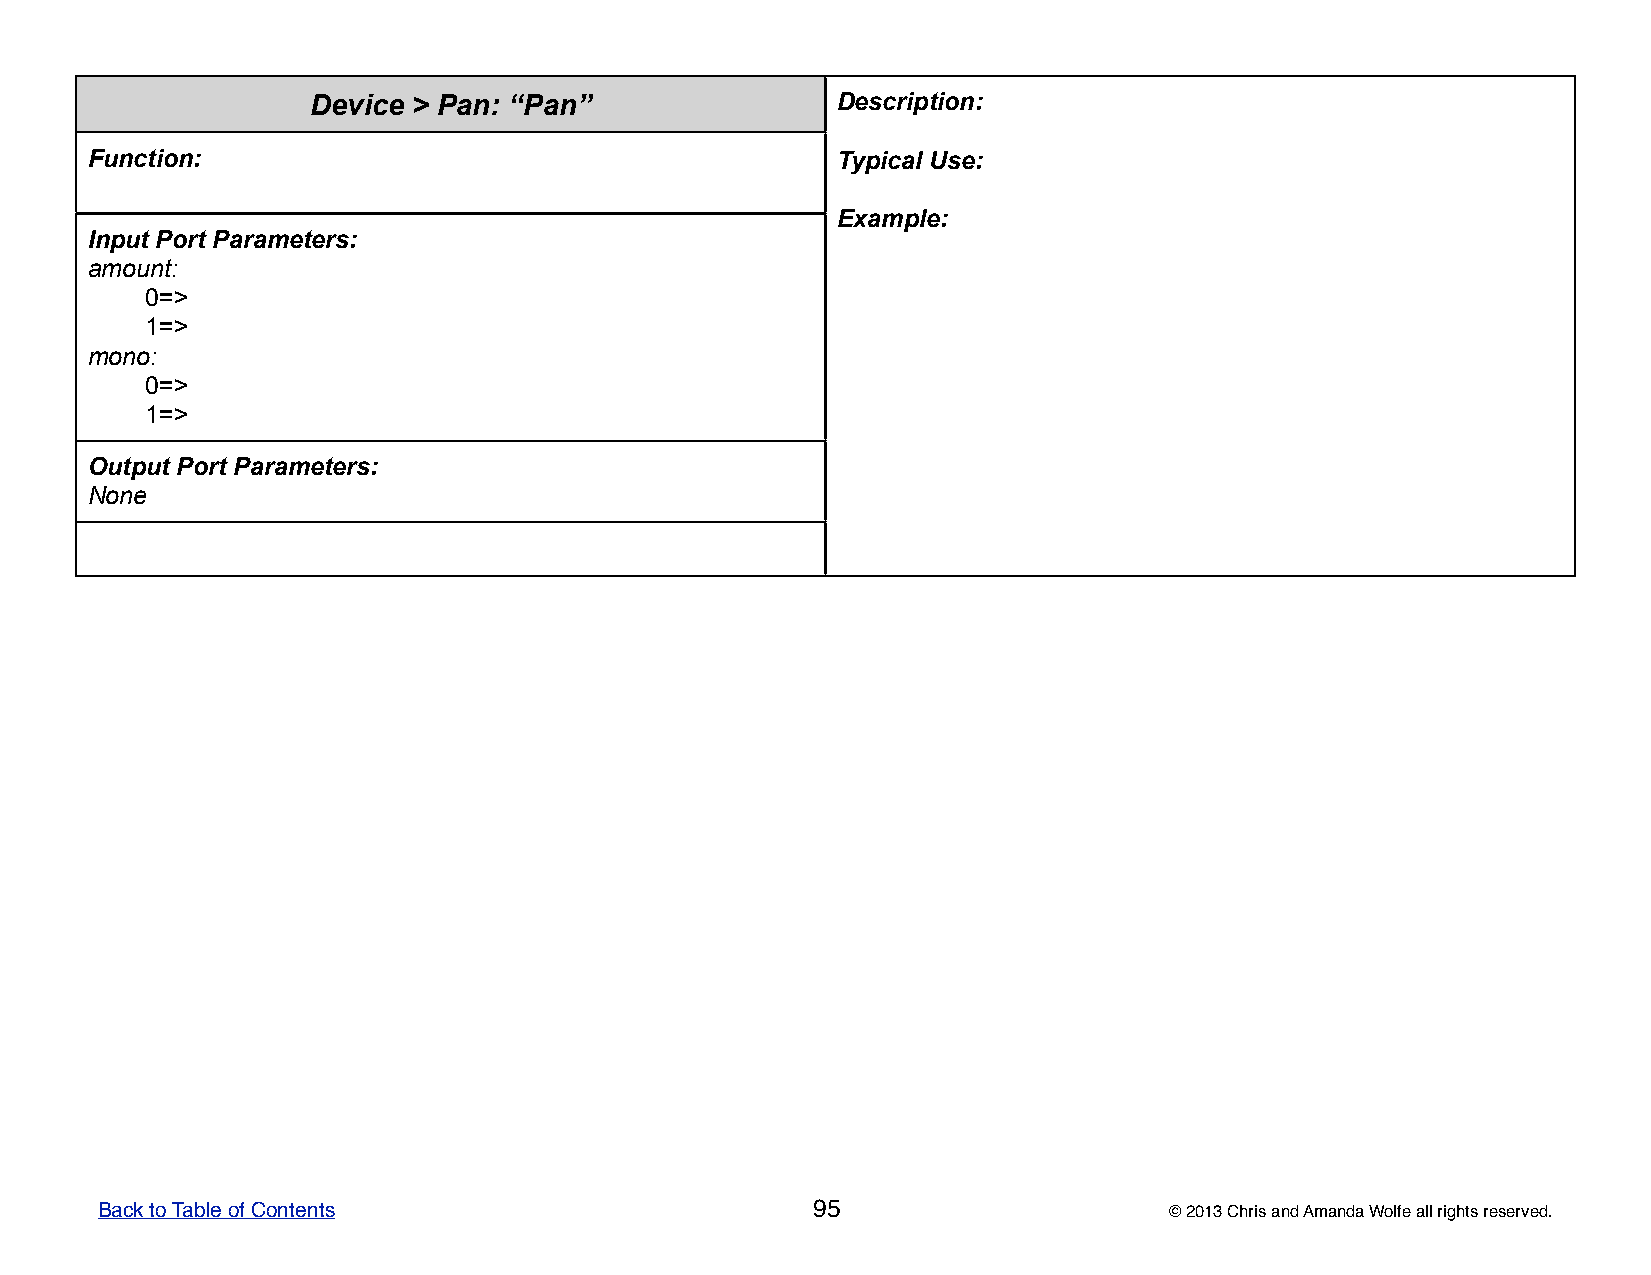
Device > Pan: “Pan”               DDDDDeeeeessssscccccrrrrriiiiippppptttttiiiiiooooonnnnn:::::
 Function:                                        TTTTTyyyyypppppiiiiicccccaaaaalllll UUUUUssssseeeee:::::
 EEEEExxxxxaaaaammmmmpppppllllleeeee:::::
 Input Port Parameters:
 amount:
 0=>
 1=>
 mono:
 0=>
 1=>
 Output Port Parameters:
 None
 Back to Table of Contents                       95                     © 2013 Chris and Amanda Wolfe all rights reserved.